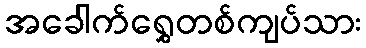
အခေါက်ရွှေတစ်ကျပ်သား